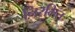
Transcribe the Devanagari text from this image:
निरमित